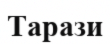
Тарази